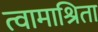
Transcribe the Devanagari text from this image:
त्वामाश्रिता